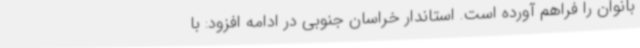
بانوان را فراهم آورده است. استاندار خراسان جنوبی در ادامه افزود: با